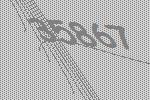
35867